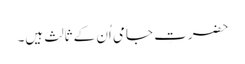
حضرتِ جامی اُن کے ثالِث ہیں۔